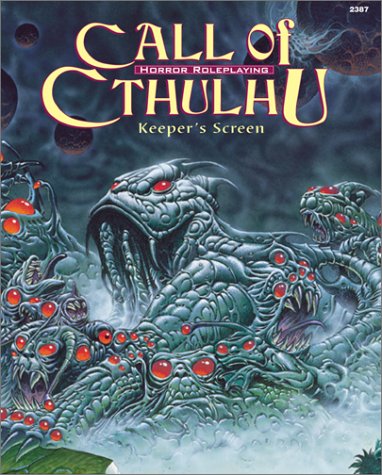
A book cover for Call of Cthulhu Keepers Screen; Les Brooks; Science Fiction & Fantasy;